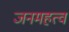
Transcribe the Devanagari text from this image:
जनमहत्व